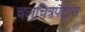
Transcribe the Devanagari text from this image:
चलचित्रपटास